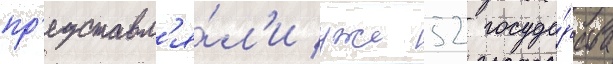
пр'едставл'я́л'и уже 52 госуда́рства